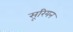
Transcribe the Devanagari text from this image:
सूरियन